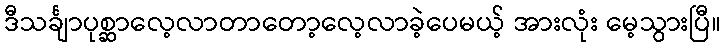
ဒီသင်္ချာပုစ္ဆာလေ့လာတာတော့လေ့လာခဲ့ပေမယ့် အားလုံး မေ့သွားပြီ။